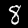
Digit: 8